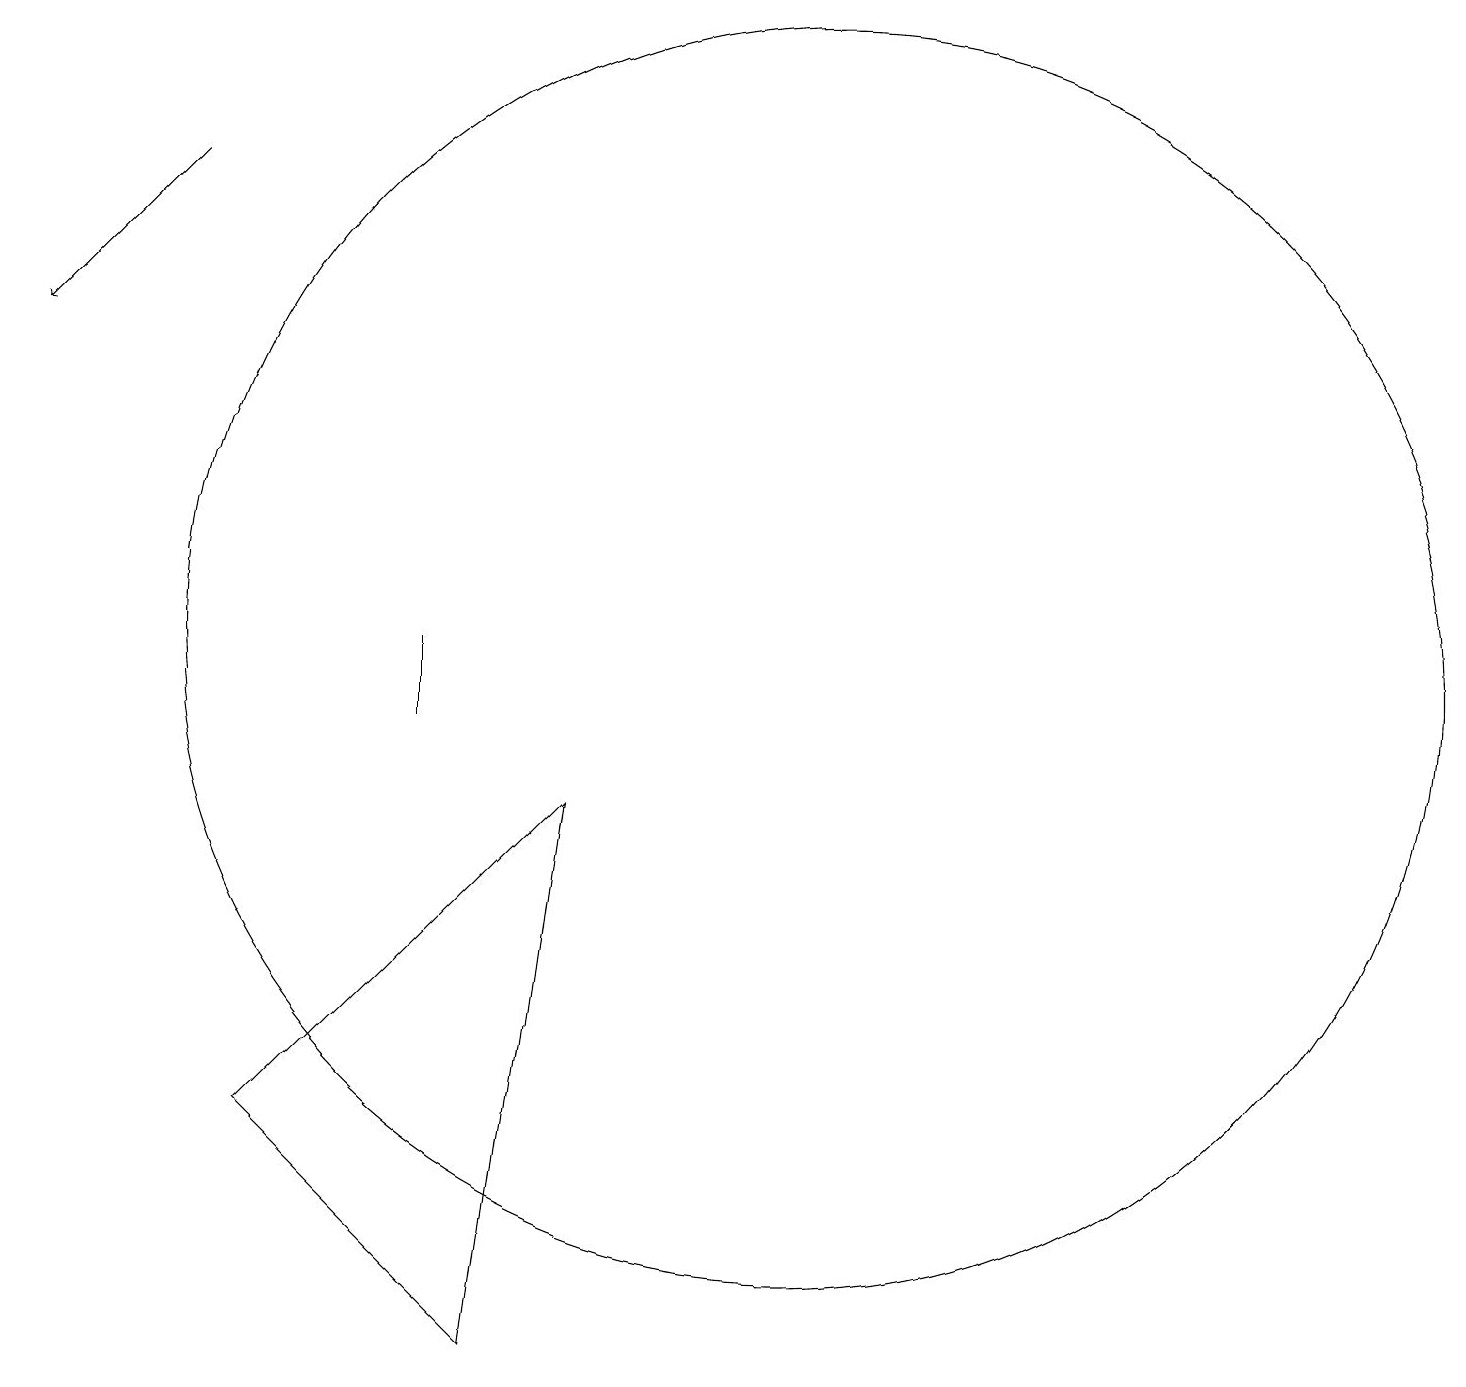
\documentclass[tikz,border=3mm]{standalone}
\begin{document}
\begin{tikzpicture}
\draw[->] (4,17) -- (2,15);
\draw (9,9) -- (8,2) -- (5,5) -- cycle;
\draw (12,11) circle (8);
\draw (7,10) rectangle (7,11);
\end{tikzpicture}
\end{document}